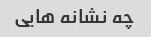
چه نشانه هایی